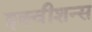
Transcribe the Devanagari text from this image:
इक्‍वीशन्‍स